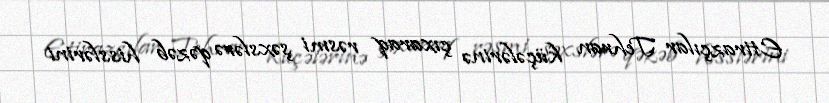
Etirazçılar Tehran küçələrinə çıxaraq rəsmi şəxslərə qəzəb hisslərini